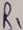
Text: R1